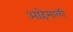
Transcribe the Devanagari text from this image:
आहेमाळी